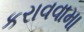
કરાવવામા